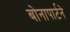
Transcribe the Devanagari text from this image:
बोनापार्टने